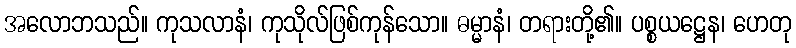
အလောဘသည်။ ကုသလာနံ၊ ကုသိုလ်ဖြစ်ကုန်သော။ ဓမ္မာနံ၊ တရားတို့၏။ ပစ္စယဋ္ဌေန၊ ဟေတု